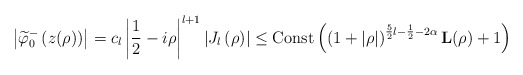
\begin{align*}\left\vert \widetilde{\varphi}_{0}^{-}\left( z(\rho)\right) \right\vert=c_{l}\left\vert \frac{1}{2}-i\rho\right\vert ^{l+1}\left\vert J_{l}\left(\rho\right) \right\vert \leq\operatorname*{Const}\left( \left( 1+\left\vert \rho\right\vert\right) ^{\frac{5}{2}l-\frac{1}{2}-2\alpha}\mathbf{L}(\rho)+1\right)\end{align*}